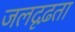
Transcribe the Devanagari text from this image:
जलदृढ़ता